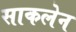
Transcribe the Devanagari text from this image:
साकलेन